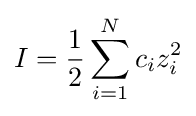
I={\frac {1}{2}}\sum _{i=1}^{N}c_{i}z_{i}^{2}